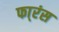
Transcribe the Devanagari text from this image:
फा्रंस